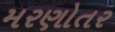
મરણોતર